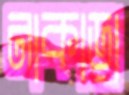
নাকাড়া